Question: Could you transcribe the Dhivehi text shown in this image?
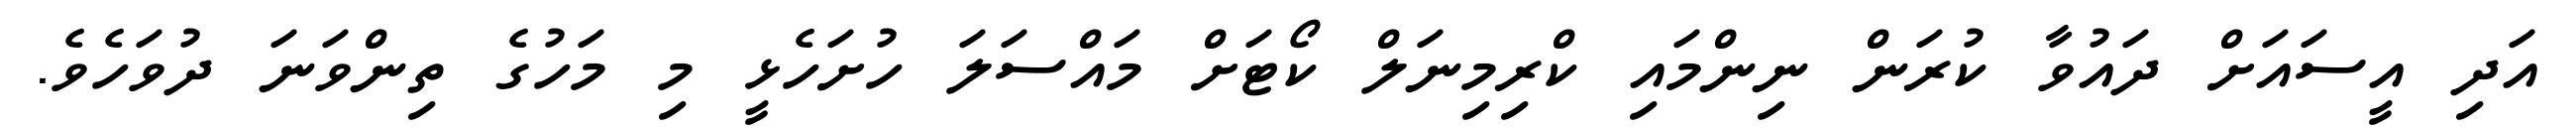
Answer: އަދި އީސައަށް ދައުވާ ކުރަން ނިންމައި ކްރިމިނަލް ކޯޓަށް މައްސަލަ ހުށަހެޅީ މި މަހުގެ ތިންވަނަ ދުވަހެވެ.